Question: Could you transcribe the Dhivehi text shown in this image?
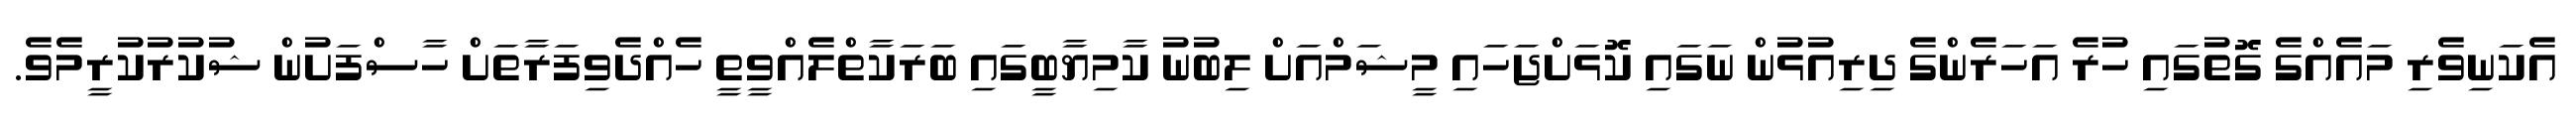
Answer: އެކަނިވެރި މައެއްގެ ގޮތުގައި ހުރެ އަހަރެންގެ ދިރިއުޅުން ނަގައި ކޮޅަށްޖަހައި މީޝަމްއަށް ލިބުނު ކާމިޔާބީގައި ބަރަކާތްލެއްވީތީ ހެއްދެވިފަރާތަށް ހާސްފަށުން ޝުކުރުކުރީމެވެ.